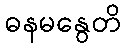
ဓနမနွေတိ